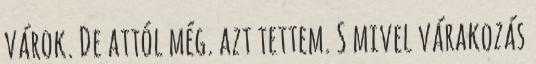
várok. De attól még. azt tettem. S mivel várakozás